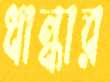
ধান্ধার